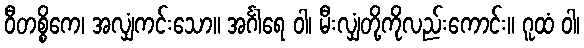
ဝီတစ္စိကေ၊ အလျှံကင်းသော။ အင်္ဂါရေ ဝါ၊ မီးလျှံတို့ကိုလည်းကောင်း။ ဂူထံ ဝါ၊